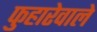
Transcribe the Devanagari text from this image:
फुहारेवाले